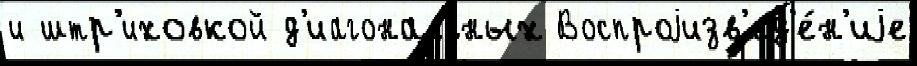
и штр'иховкой д'иагональных Воспроjизв'ед'е́н'иjе